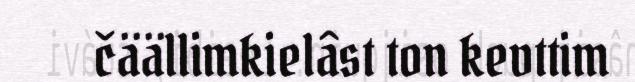
čäällimkielâst ton kevttim